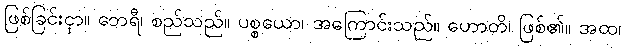
ဖြစ်ခြင်းငှာ။ ဘေရီ၊ စည်သည်။ ပစ္စယော၊ အကြောင်းသည်။ ဟောတိ၊ ဖြစ်၏။ အထ၊